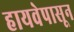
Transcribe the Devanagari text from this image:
हायवेपासून